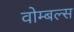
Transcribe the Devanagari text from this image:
वोम्बल्स